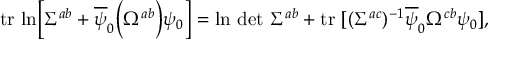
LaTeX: \mathrm { t r } \ \mathrm { l n } \biggl [ \Sigma ^ { a b } + \overline { { \psi } } _ { 0 } \biggl ( \Omega ^ { a b } \biggr ) \psi _ { 0 } \biggr ] = \mathrm { l n } \ \mathrm { d e t } \ \Sigma ^ { a b } + \mathrm { t r } \ [ ( \Sigma ^ { a c } ) ^ { - 1 } \overline { { \psi } } _ { 0 } \Omega ^ { c b } \psi _ { 0 } ] ,